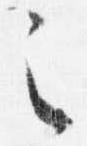
之